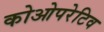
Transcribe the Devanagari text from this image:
कोओपरेटिव